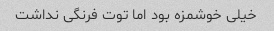
خیلی خوشمزه بود اما توت فرنگی نداشت